Civil Veterinary Dept. Assam report 1911-1927 - 1911-1927
Year: 1911
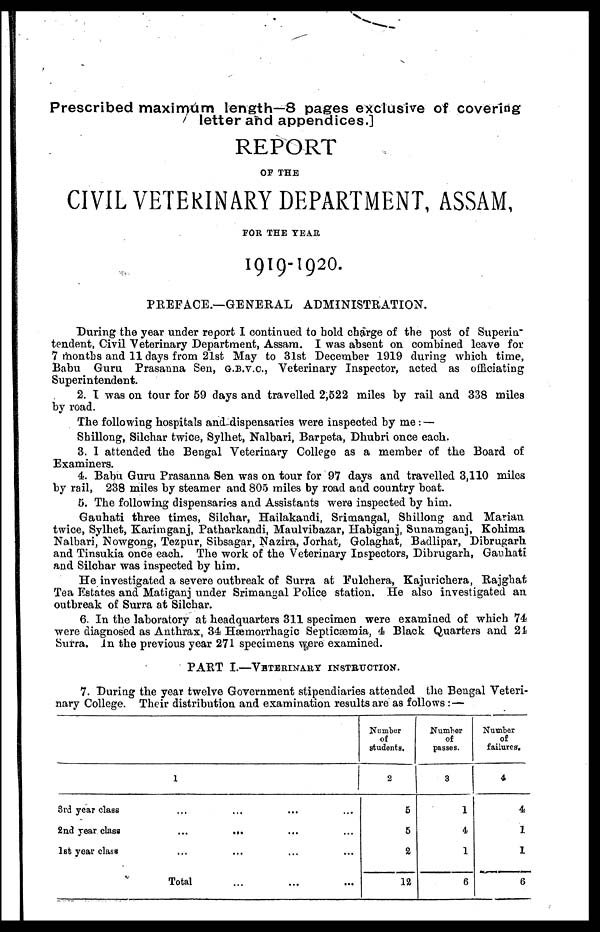
Prescribed maximum length—8 pages exclusive of covering
letter and appendices.]
REPORT
OF THE
CIVIL VETERINARY DEPARTMENT, ASSAM,
FOR THE TEAR
1919- 1920.
PREFACE.—GENERAL ADMINISTRATION.
During the year under report I continued to bold charge of the post of Superin"
tendent, Civil Veterinary Department, Assam. I was absent on combined leave for
7 months and 11 days from 21st May to 31st December 1919 during which time,
Babu Guru Prasanna Sen, G.B.V.C., Veterinary Inspector, acted as officiating
Superintendent.
2. I was on tour for 59 days and travelled 2,522 miles by rail and 338 miles
by road.
The following hospitals and-dispensaries were inspected by me: —
Shillong, Silchar twice, Sylhet, Nalbari, Barpeta, Dhubri once each.
3. I attended the Bengal Veterinary College as a member of the Board of
Examiners.
4. Babu Guru Prasanna Sen was on tour for 97 days and travelled 3,110 miles
by rail, 238 miles by steamer and 805 miles by road and country boat.
5. The following dispensaries and Assistants were inspected by him.
Gauhati three times, Silchar, Hailakandi, Srimangal, Shillong and Marian
twice, Sylhet, Karimganj, Patharkandi, Maulvibazar, Habiganj, Sunamganj, Kohima
Nalbari, Nowgong, Tezpur, Sibsagar, Nazira, Jorhat, Golaghat, Badlipar, Dibrugarh.
and Tinsukia once each. The work of the Veterinary Inspectors, Dibrugarh, Gauhati
and Silchar was inspected by him.
He investigated a severe outbreak of Surra at Fulchera, Kajurichera, Rajghat
Tea Estates and Matiganj under Srimangal Police station. He also investigated an
outbreak of Surra at Silchar.
6. In the laboratory at headquarters 311 specimen were examined of which 74
were diagnosed as Anthrax, 34 Hæmorrhagic Septicæmia, 4 Black Quarters and 24
Surra. in the previous year 271 specimens were examined.
PART I.—VETERINARY INSTRUCTION.
7. During the year twelve Government stipendiaries attended the Bengal Veteri-
nary College. Their distribution and examination results are as follows :—
1
3rd year class
2nd year class
...
...
1st year class
Total
Number
of
students.
2
5
5
2
12
Number
of
passes.
3
1
4
1
6
Number
of
failures.
4
4
1
1
6